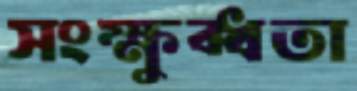
সংক্ষুব্ধতা